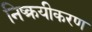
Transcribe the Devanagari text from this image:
निष्क्रयीकरण